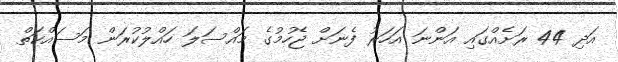
އަދި 44 ރަށެއްގައި އަންނަ އަހަރު ފެނަށް ޖެހުމުގެ މައްސަލަ ހައްލުކުރަން މަސައްކަތް